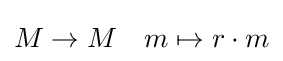
M\to M\quad m\mapsto r\cdot m